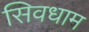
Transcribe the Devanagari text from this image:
सिवधाम